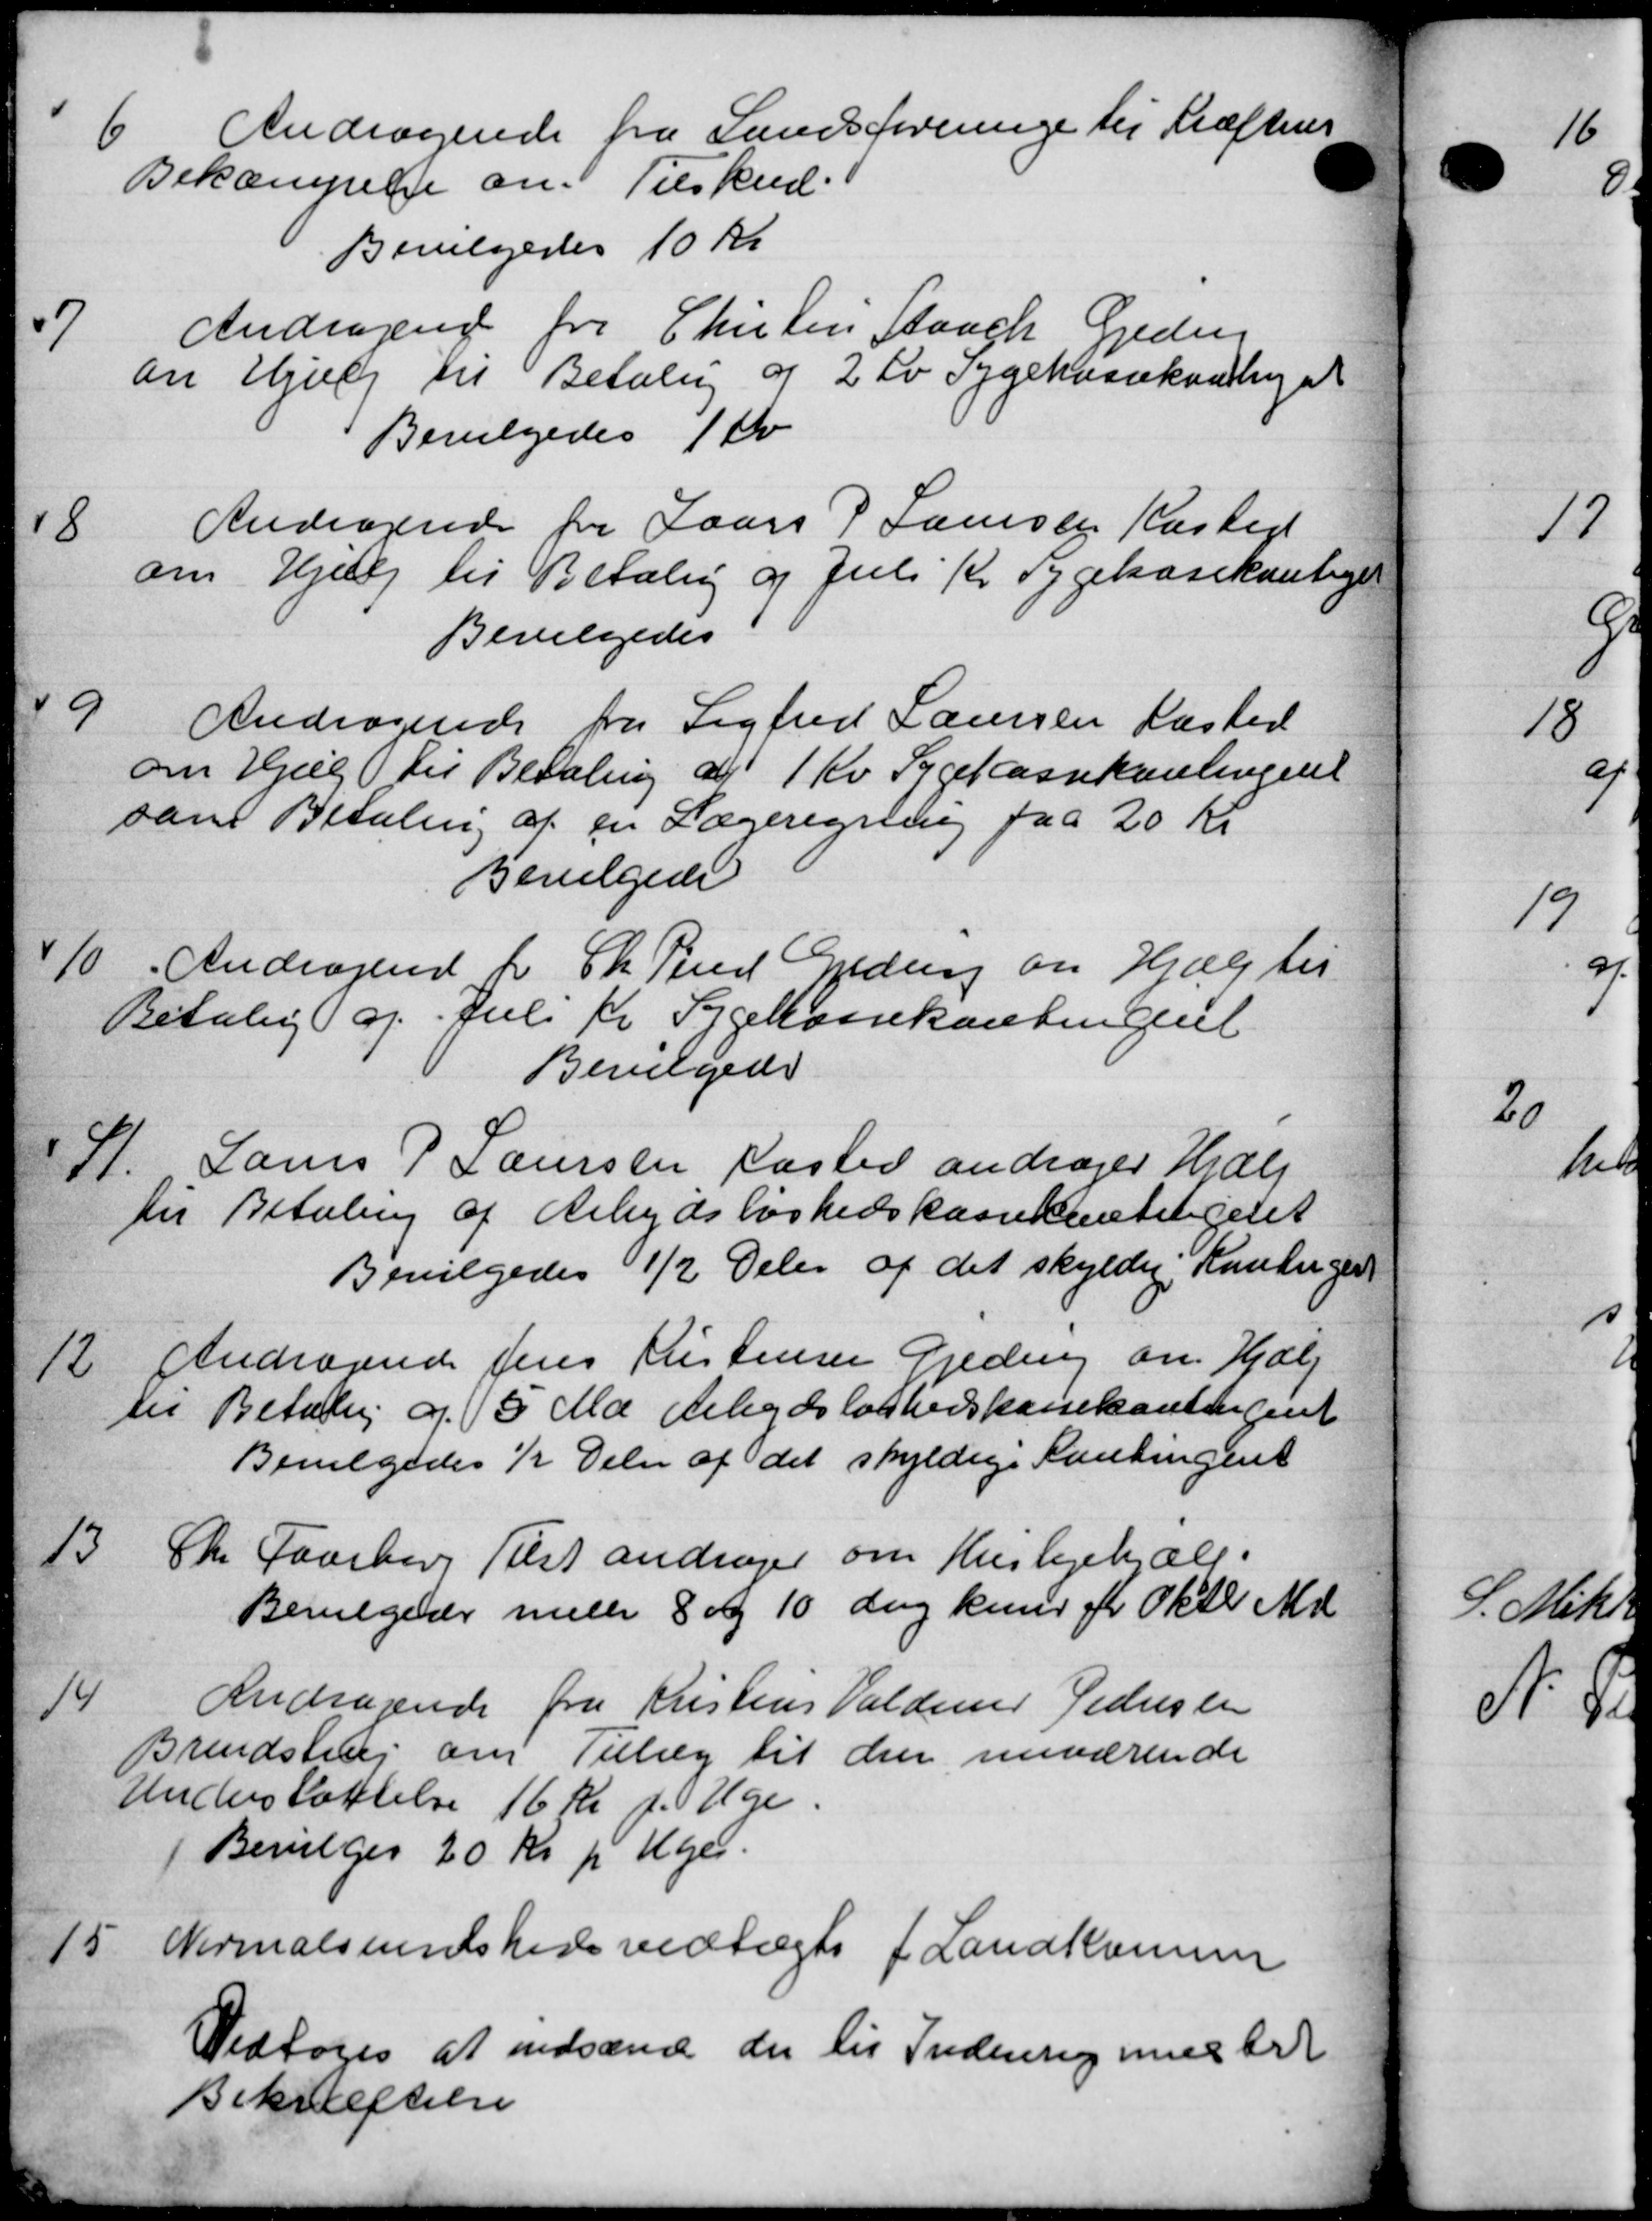
Transskription:
6
Andragende fra Samtforeninge til Kræftens
Bekæmpelse om Tilskud.
Bevilgedes 10 Kr
7
Andragende fra Christen Staack Greder
en Hjælp til Betaling af 2 Kr Sygekassekonting at
Bevilgedes 1 Kr
8
Andragende for Lars P Laursen Kasted
om Hjælp til Betaling og Juli Kr og gekassekontiget
Bevilgedes
9
Andragende fra Sigfred Laursen Kasted
om Hjælp til Betaling af 1 Kr. Sygekassehanlingent
som Betaling af en Lægeregning paa 20 Kr
Bevilgede
10.
Andragende for Ch. Fred Gjede om Hjælp til
Betaling og Juli Kr Sygekassekontingent
Bevilgede
11
Laurs P Laursen Pasted andrager Hjælp
til Betaling af Arbejdsløshedskassekontingenet
Bevilgedes ½ Dele af det skyldig, Kantinger
12
Andragende Jens Kristensen Gjeding om Hjælp
til Betaling af 15 Ma Arbejdsløshedskassekontingent
Bevilgedes ½ Delen af det skyldige Landingent
13
Chr. Faarberg Tilst andrager om Huslejehjælp.
Bevilgede melle 8 a 10 dag kun for Oktb. Md
14
Andragende fra Kristens Valdemar Pedersen
Brendstevej om Tillæg til den nuværende
Understøttelse 16 Kr p. ge
 Bevilges 20 Kr. pr. Uger.
15.
Normalsundshedsvedtægt f Landkomme
Vedtoges at indsænde der til Indenrig med tre
Bekræftelse